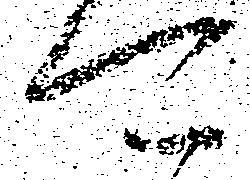
可